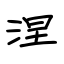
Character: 涅